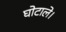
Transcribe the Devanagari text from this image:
घोटाले।